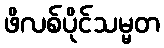
ဖိလစ်ပိုင်သမ္မတ